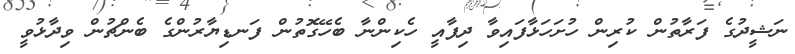
ނަޝީދުގެ ފަރާތުން ކުރިން ހުށަހަޅާފައިވާ ދިފާއީ ހެކިންނާ ބެހޭގޮތުން ފަނޑިޔާރުންގެ ބެންޗުން ވިދާޅުވީ